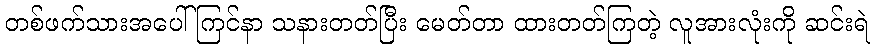
တစ်ဖက်သားအပေါ် ကြင်နာ သနားတတ်ပြီး မေတ်တာ ထားတတ်ကြတဲ့ လူအားလုံးကို ဆင်းရဲ